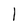
Character: 1